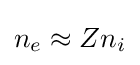
n_{e}\approx Zn_{i}